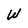
Character: W